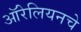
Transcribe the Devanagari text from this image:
ऑरेलियनचे